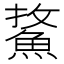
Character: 𩷢